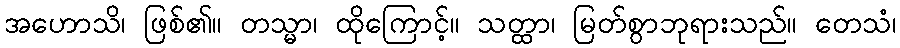
အဟောသိ၊ ဖြစ်၏။ တသ္မာ၊ ထိုကြောင့်။ သတ္ထာ၊ မြတ်စွာဘုရားသည်။ တေသံ၊